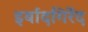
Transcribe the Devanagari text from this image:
इर्बादगिर्रेद